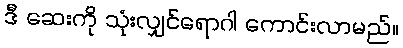
ဒီ ဆေးကို သုံးလျှင်ရောဂါ ကောင်းလာမည်။